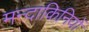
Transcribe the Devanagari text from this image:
मन्दाकिनियों